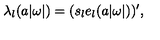
\lambda _ { l } ( a | \omega | ) = ( s _ { l } e _ { l } ( a | \omega | ) ) ^ { \prime } ,